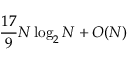
{ \frac { 1 7 } { 9 } } N \log _ { 2 } N + O ( N )